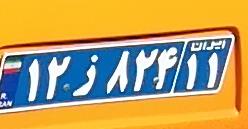
۱۲ز۸۲۴۱۱